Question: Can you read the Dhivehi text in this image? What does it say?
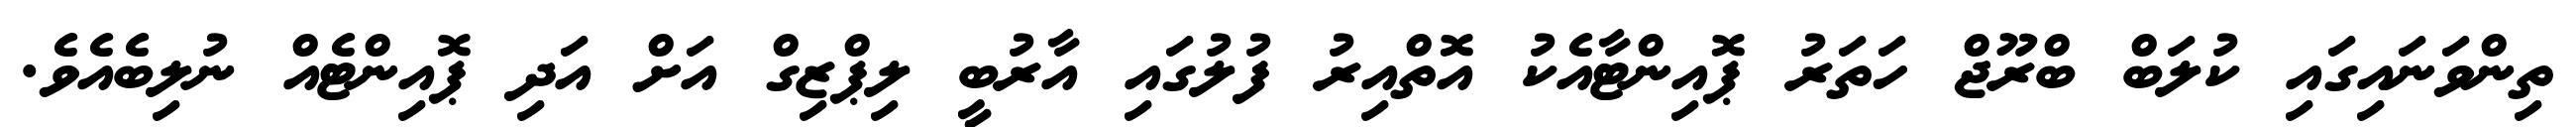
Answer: ތިންވަނައިގައި ކުލަބް ބްރޫޖް ހަތަރު ޕޮއިންޓާއެކު އޮތްއިރު ފުލުގައި އާރުބީ ލިޕްޒިގް އަށް އަދި ޕޮއިންޓެއް ނުލިބެއެވެ.